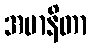
အမာနိတာ